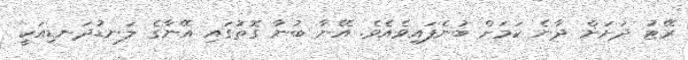
ރޭޓު ދަށަށް ދާނެ ކަމަށް ބުނެފައިވެއެވެ. އޭނާ ބުނާ ގޮތުގައި އޭނާގެ ލަނޑުދަނޑިއަކީ